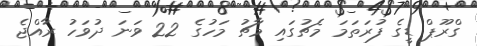
ގްރޫޕް ޑީގެ ފުރަތަމަ މެޗުގައި މާޗު މަހުގެ 22 ވަނަ ދުވަހު ރާއްޖެ